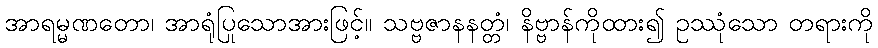
အာရမ္မဏတော၊ အာရုံပြုသောအားဖြင့်။ သဗ္ဗဇာနနတ္တံ၊ နိဗ္ဗာန်ကိုထား၍ ဥဿုံသော တရားကို